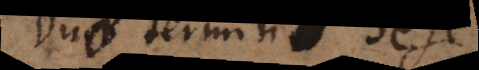
Duo Termini sese